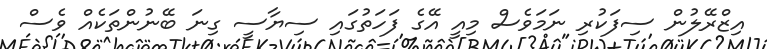
އިޒްރޭލުން ސިފަކުރި ނަމަވެސް މިއީ އޭގެ ފަހަތުގައި ސިޔާސީ ގިނަ ބޭނުންތަކެއް ވެސް